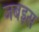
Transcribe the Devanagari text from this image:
जबइस